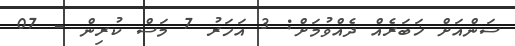
ސަންއަށް ޚަބަރެއް ދެއްވުމަށް: 3 އަހަރު 7 މަސް ކުރިން - 07